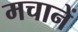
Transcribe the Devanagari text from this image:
मचानें